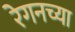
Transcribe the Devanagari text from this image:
रेगनच्या